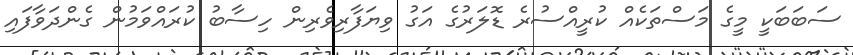
ސަބަބަކީ މީގެ މަސްތަކެއް ކުރީއްސުރެ ޑޮލަރުގެ އަގު ވިޔަފާރިވެރިން ހިސާބު ކުރައްވަމުން ގެންދަވާފައި